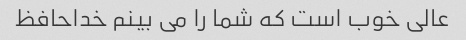
عالی خوب است که شما را می بینم خداحافظ